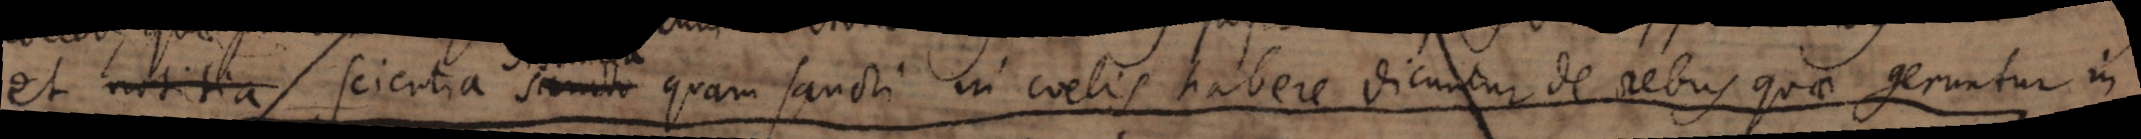
et scientia quam sancti in coelis habere dicuntur de rebus quae geruntur in